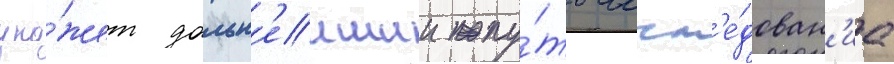
ука́жет дальн'еишии пу́ть иссл'е́дован'иа